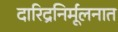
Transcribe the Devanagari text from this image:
दारिद्रनिर्मूलनात